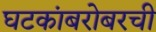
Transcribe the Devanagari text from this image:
घटकांबरोबरची